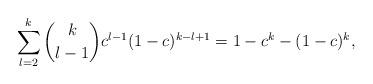
LaTeX: \begin{align*}\sum_{l=2}^k \binom k{l-1}c^{l-1}(1-c)^{k-l+1}=1-c^k-(1-c)^k,\end{align*}